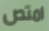
امتص